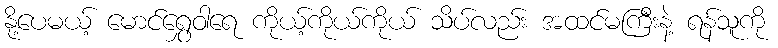
နို့ပေမယ့် မောင်ရွှေဝါရေ ကိုယ့်ကိုယ်ကိုယ် သိပ်လည်း အထင်မကြီးနဲ့ ရန်သူကို